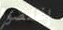
إنخفضوا